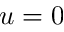
u = 0